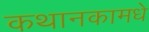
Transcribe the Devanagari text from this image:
कथानकामधे